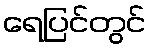
ရေပြင်တွင်